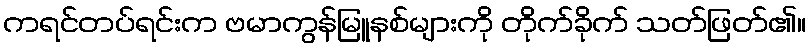
ကရင်တပ်ရင်းက ဗမာကွန်မြူနစ်များကို တိုက်ခိုက် သတ်ဖြတ်၏။